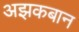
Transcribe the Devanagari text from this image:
अझकबान